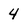
Character: 4